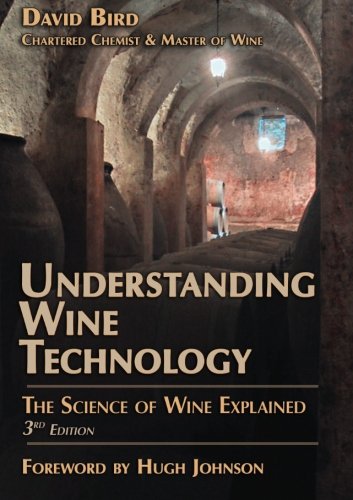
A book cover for Understanding Wine Technology: The Science of Wine Explained; David Bird; Cookbooks, Food & Wine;